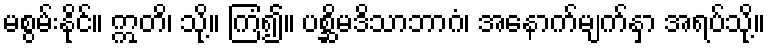
မစွမ်းနိုင်။ ဣတိ၊ သို့။ ကြံ၍။ ပစ္ဆိမဒိသာဘာဂံ၊ အနောက်မျက်နှာ အရပ်သို့။